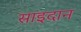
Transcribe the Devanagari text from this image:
साइदान